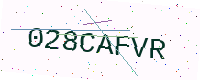
Text: 028CAFVR